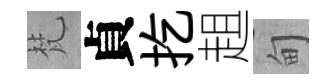
梵貞扢趄甸